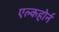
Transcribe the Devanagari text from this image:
एल्कहोर्न